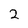
Character: 2